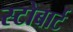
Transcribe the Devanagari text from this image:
स्टोबार्ट